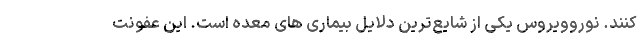
کنند. نوروویروس یکی از شایع‌ترین دلایل بیماری های معده است. این عفونت